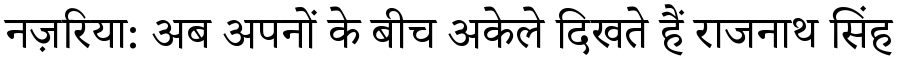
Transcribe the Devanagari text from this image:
नज़रिया: अब अपनों के बीच अकेले दिखते हैं राजनाथ सिंह